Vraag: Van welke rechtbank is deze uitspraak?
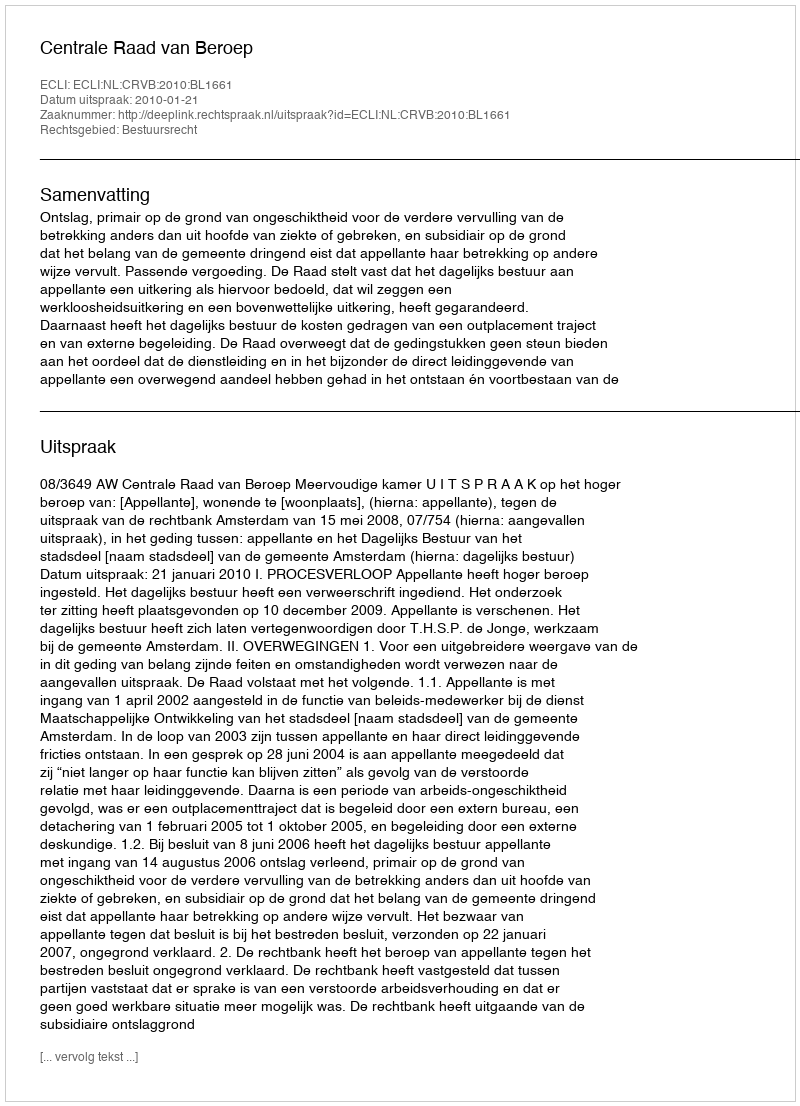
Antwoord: Centrale Raad van Beroep